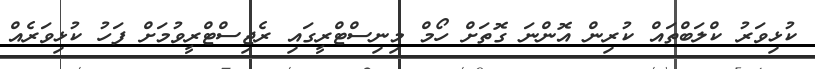
ކުޅިވަރު ކްލަބްތައް ކުރިން އޮންނަ ގޮތަށް ހޯމް މިނިސްޓްރީގައި ރެޖިސްޓްރީވުމަށް ފަހު ކުޅިވަރެއް